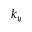
k _ { y }